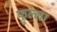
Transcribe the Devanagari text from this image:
फ्रुल्ला